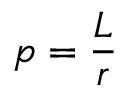
p = { \frac { L } { r } } \,